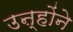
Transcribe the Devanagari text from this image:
उऩ्होंने